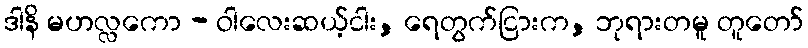
ဒါနိ မဟလ္လကော - ဝါလေးဆယ့်ငါး, ရေတွက်ငြားက, ဘုရားတမူ တူတော်